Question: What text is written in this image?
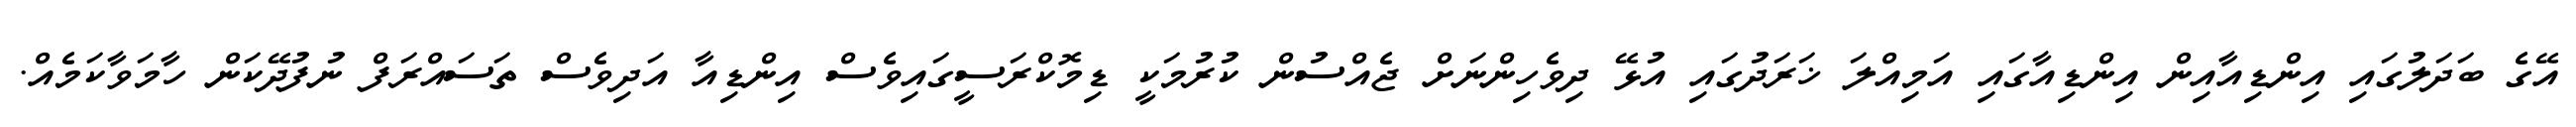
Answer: އޭގެ ބަދަލުގައި އިންޑިއާއިން އިންޑިއާގައި އަމިއްލަ ޚަރަދުގައި އުޅޭ ދިވެހިންނަށް ޖެއްސުން ކުރުމަކީ ޑިމޮކްރަސީގައިވެސް އިންޑިއާ އަދިވެސް ތަސައްރަފް ނުފުދޭކަން ހާމަވާކަމެއް.